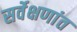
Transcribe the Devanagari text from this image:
सर्वेक्षणांत